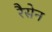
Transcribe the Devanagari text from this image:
रैसेन